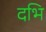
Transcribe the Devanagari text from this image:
दभि